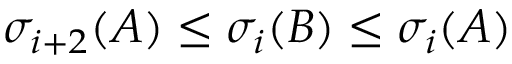
\sigma _ { i + 2 } ( A ) \leq \sigma _ { i } ( B ) \leq \sigma _ { i } ( A )